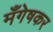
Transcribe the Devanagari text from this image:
मँगेषकर